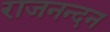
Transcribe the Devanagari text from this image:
राजनन्दन